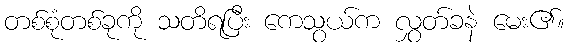
တစ်စုံတစ်ခုကို သတိရပြီး ကေသွယ်က လွှတ်ခနဲ မေး၏။